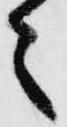
之